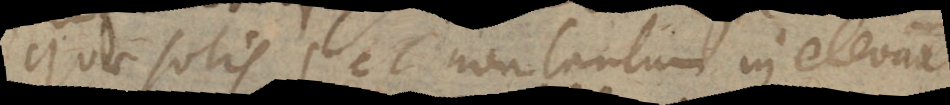
quae solis, et non tantum in elevatione